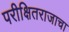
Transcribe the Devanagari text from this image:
परीक्षितराजाचा